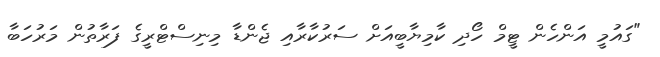
"ގައުމީ އަންހެން ޓީމް ހޯދި ކާމިޔާބީއަށް ސަރުކާރާއި ޖެންޑާ މިނިސްޓްރީގެ ފަރާތުން މަރުހަބާ